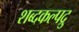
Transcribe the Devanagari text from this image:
शब्दकल्पद्रु